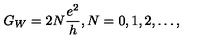
G _ { W } = 2 N \frac { e ^ { 2 } } { h } , N = 0 , 1 , 2 , \ldots ,